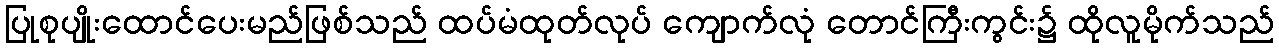
ပြုစုပျိုးထောင်ပေးမည်ဖြစ်သည် ထပ်မံထုတ်လုပ် ကျောက်လုံ တောင်ကြီးကွင်း၌ ထိုလူမိုက်သည်